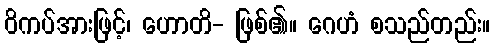
ဝိကပ်အားဖြင့်၊ ဟောတိ- ဖြစ်၏။ ဂေဟံ စသည်တည်း။